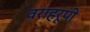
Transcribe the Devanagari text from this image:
वराहरूपी